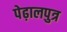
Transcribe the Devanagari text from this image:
पेढ़ालपुत्र